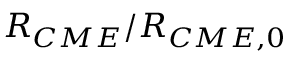
R _ { C M E } / R _ { C M E , 0 }